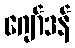
ဂျော်ဒန်